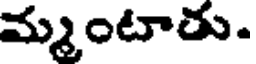
మ్మంటాతు.